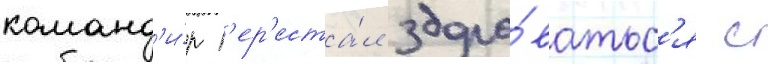
команд'и́р п'ер'еста́л здоро́ватьс'я с